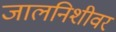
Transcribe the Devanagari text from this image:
जालनिशीवर